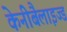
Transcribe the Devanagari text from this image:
केनीबैलाइज्ड